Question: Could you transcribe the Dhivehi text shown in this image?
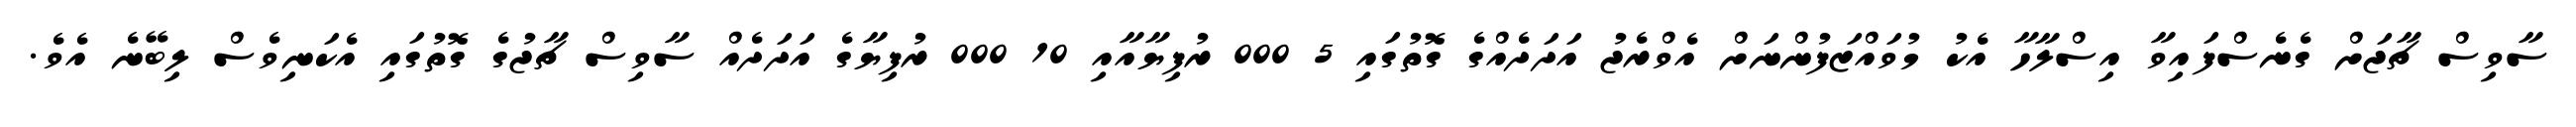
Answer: ސާވިސް ޗާޖަށް ގެނެސްފައިވާ އިސްލާހާ އެކު މުވައްޒަފުންނަށް އެވްރެޖު އަދަދެއްގެ ގޮތުގައި 5 000 ރުފިޔާއާއި 10 000 ރުފިޔާގެ އަދަދެއް ސާވިސް ޗާޖުގެ ގޮތުގައި އެކަނިވެސް ލިބޭނެ އެވެ.